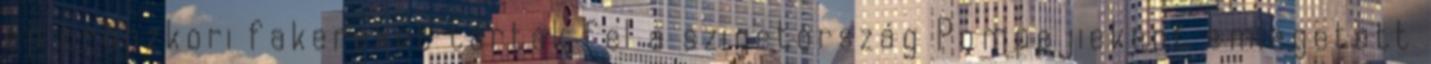
ép bronzkori fakereket tárták fel a szigetország Pompejieként emlegetett